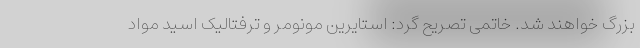
بزرگ خواهند شد. خاتمی تصریح گرد: استایرین مونومر و ترفتالیک اسید مواد